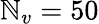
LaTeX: \mathbb{N}_{v}=50